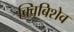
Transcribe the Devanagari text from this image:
क्विबिशेव